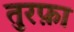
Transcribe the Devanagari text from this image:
तुरफ़ा